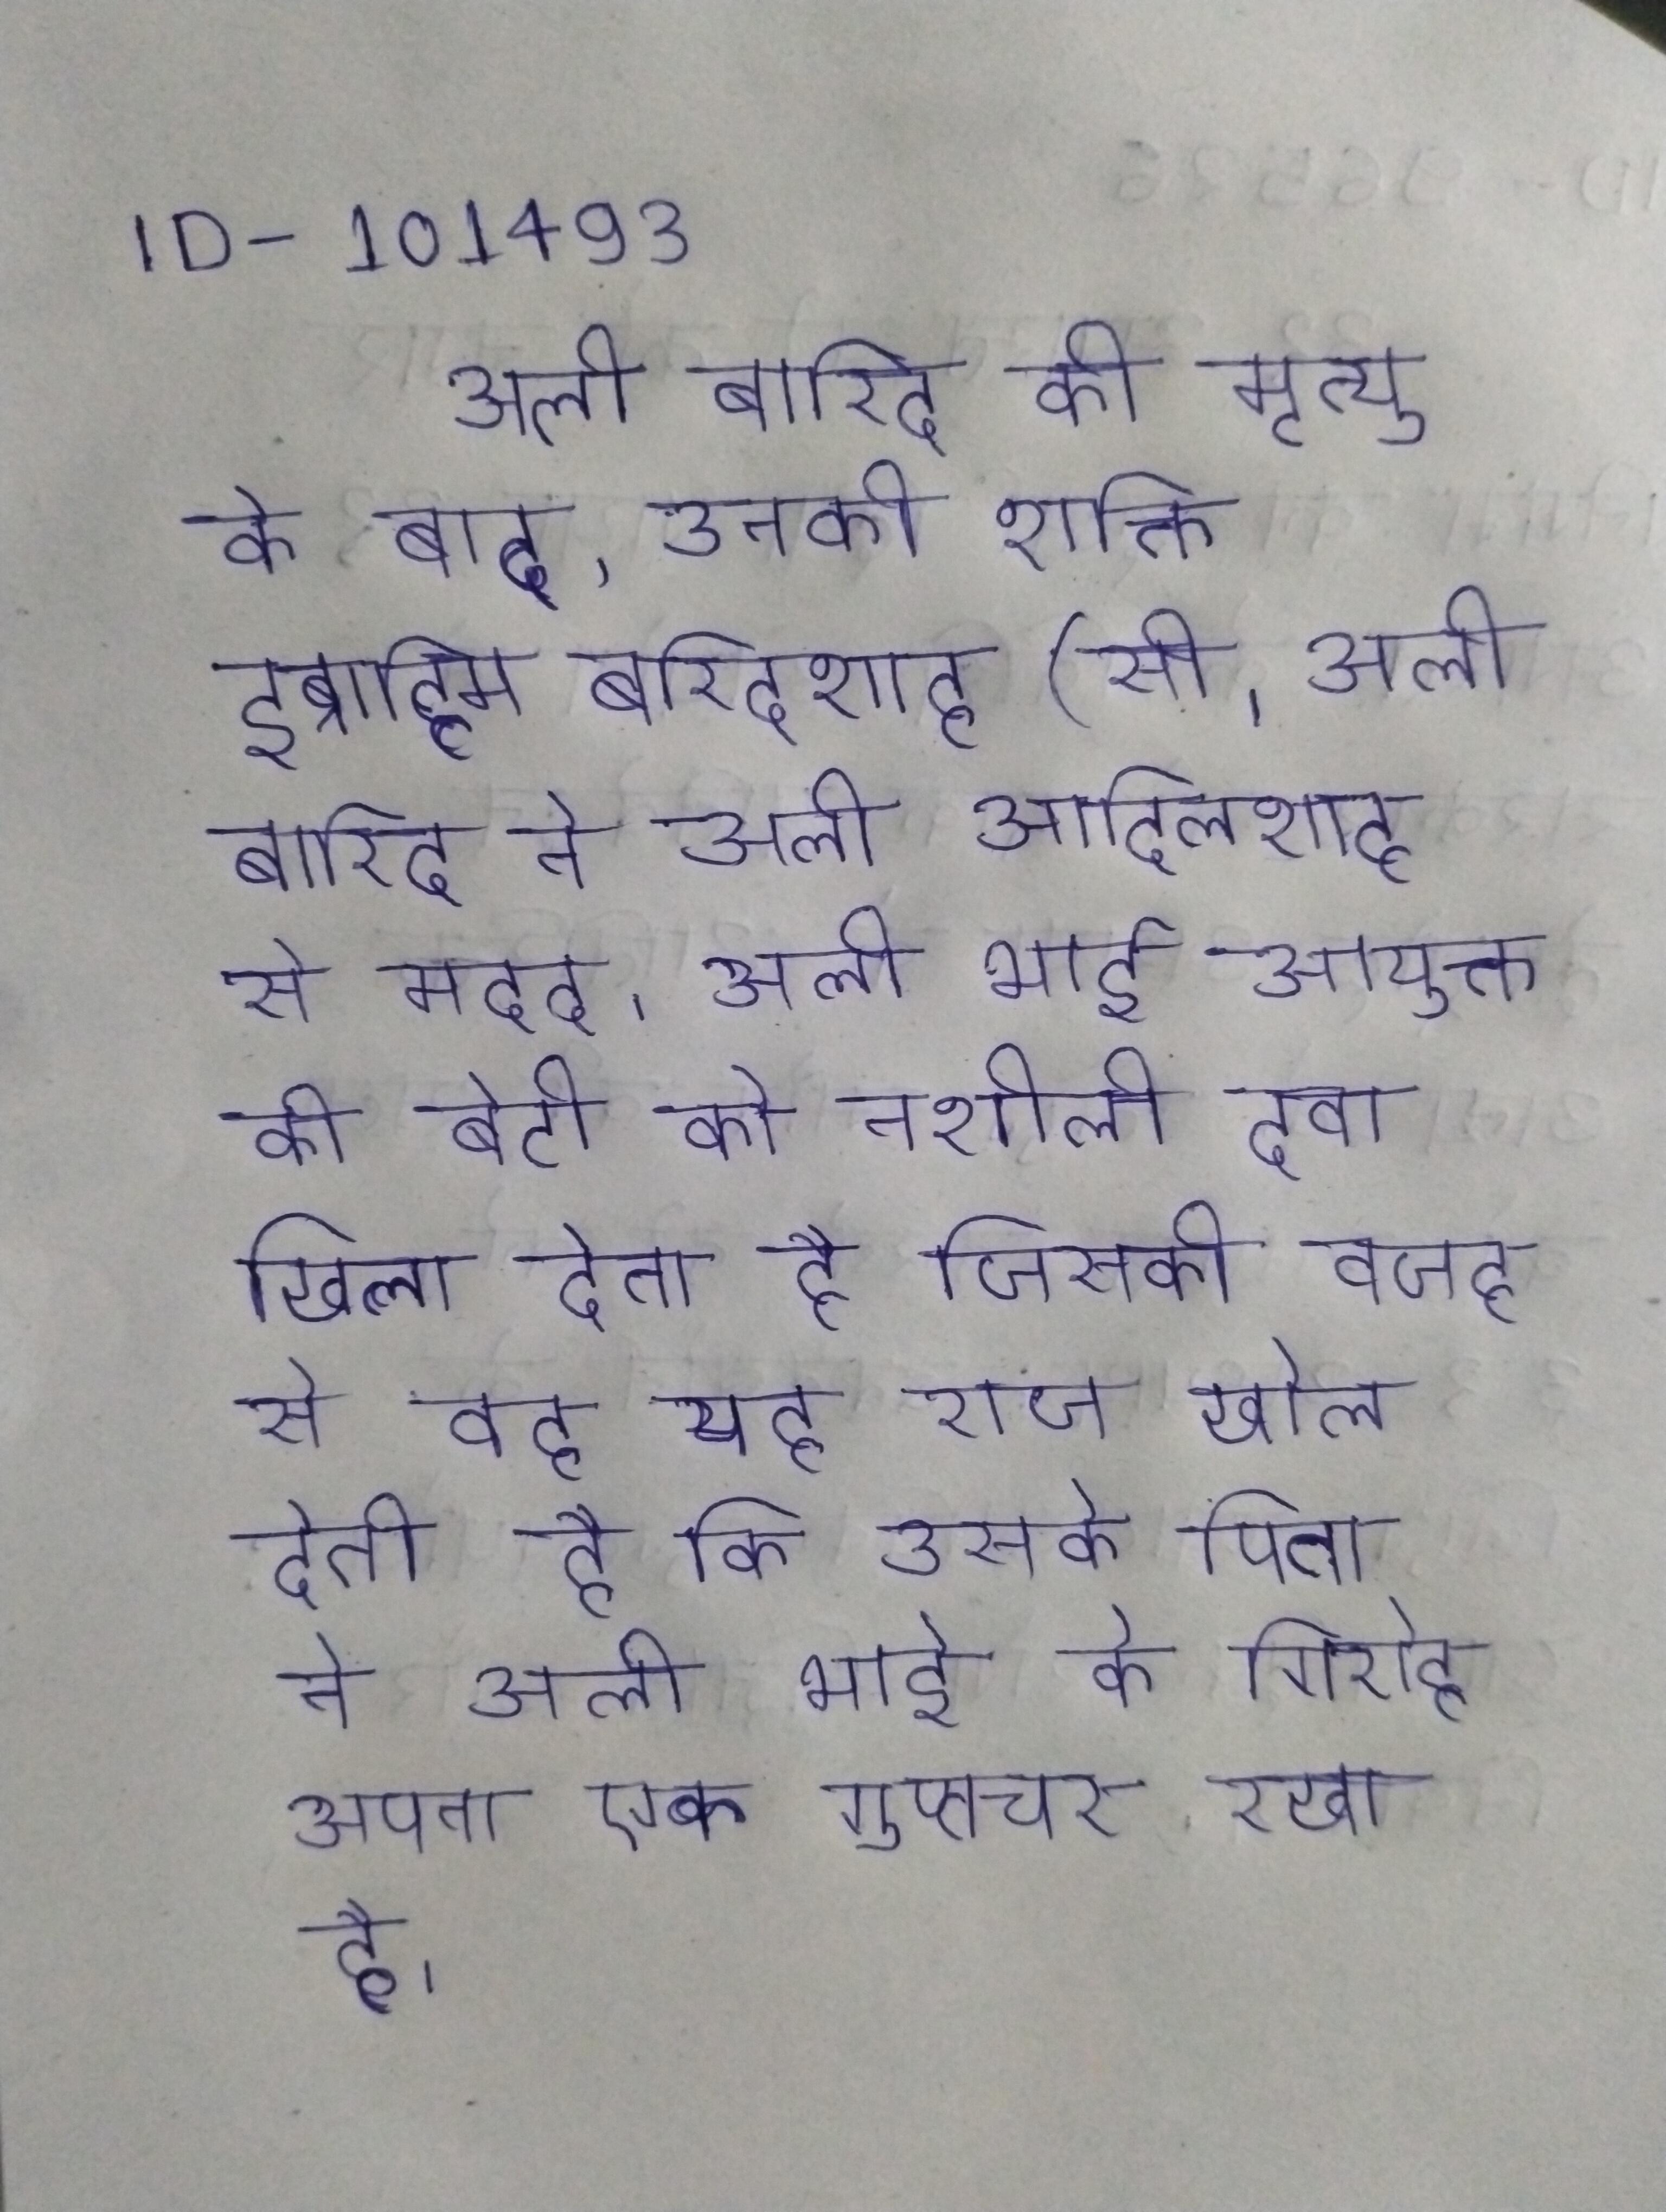
अली बारिद की मृत्यु के बाद, उनकी शक्ति इब्राहिम बरिदशाह (सी । अली बारिद ने अली आदिलशाह से मदद । अली भाई आयुक्त की बेटी को नशीली दवा खिला देता है जिसकी वजह से वह यह राज खोल देती है कि उसके पिता ने अली भाई के गिरोह अपना एक गुप्तचर रखा है ।